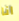
انا